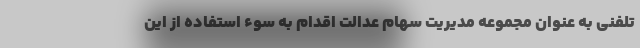
تلفنی به عنوان مجموعه مدیریت سهام عدالت اقدام به سوء استفاده از این